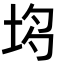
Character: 𡋝